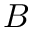
B